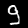
Digit: 9